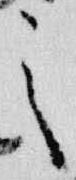
之